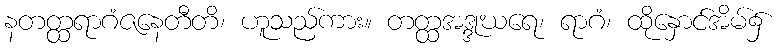
နတတ္ထရာဂံဇနေတီတိ၊ ဟူသည်ကား။ တတ္ထအဒ္ဒုဃရေ၊ ရာဂံ၊ ထိုနှောင်အိမ်၌